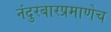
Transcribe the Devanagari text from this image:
नंदुरबारप्रमाणेच